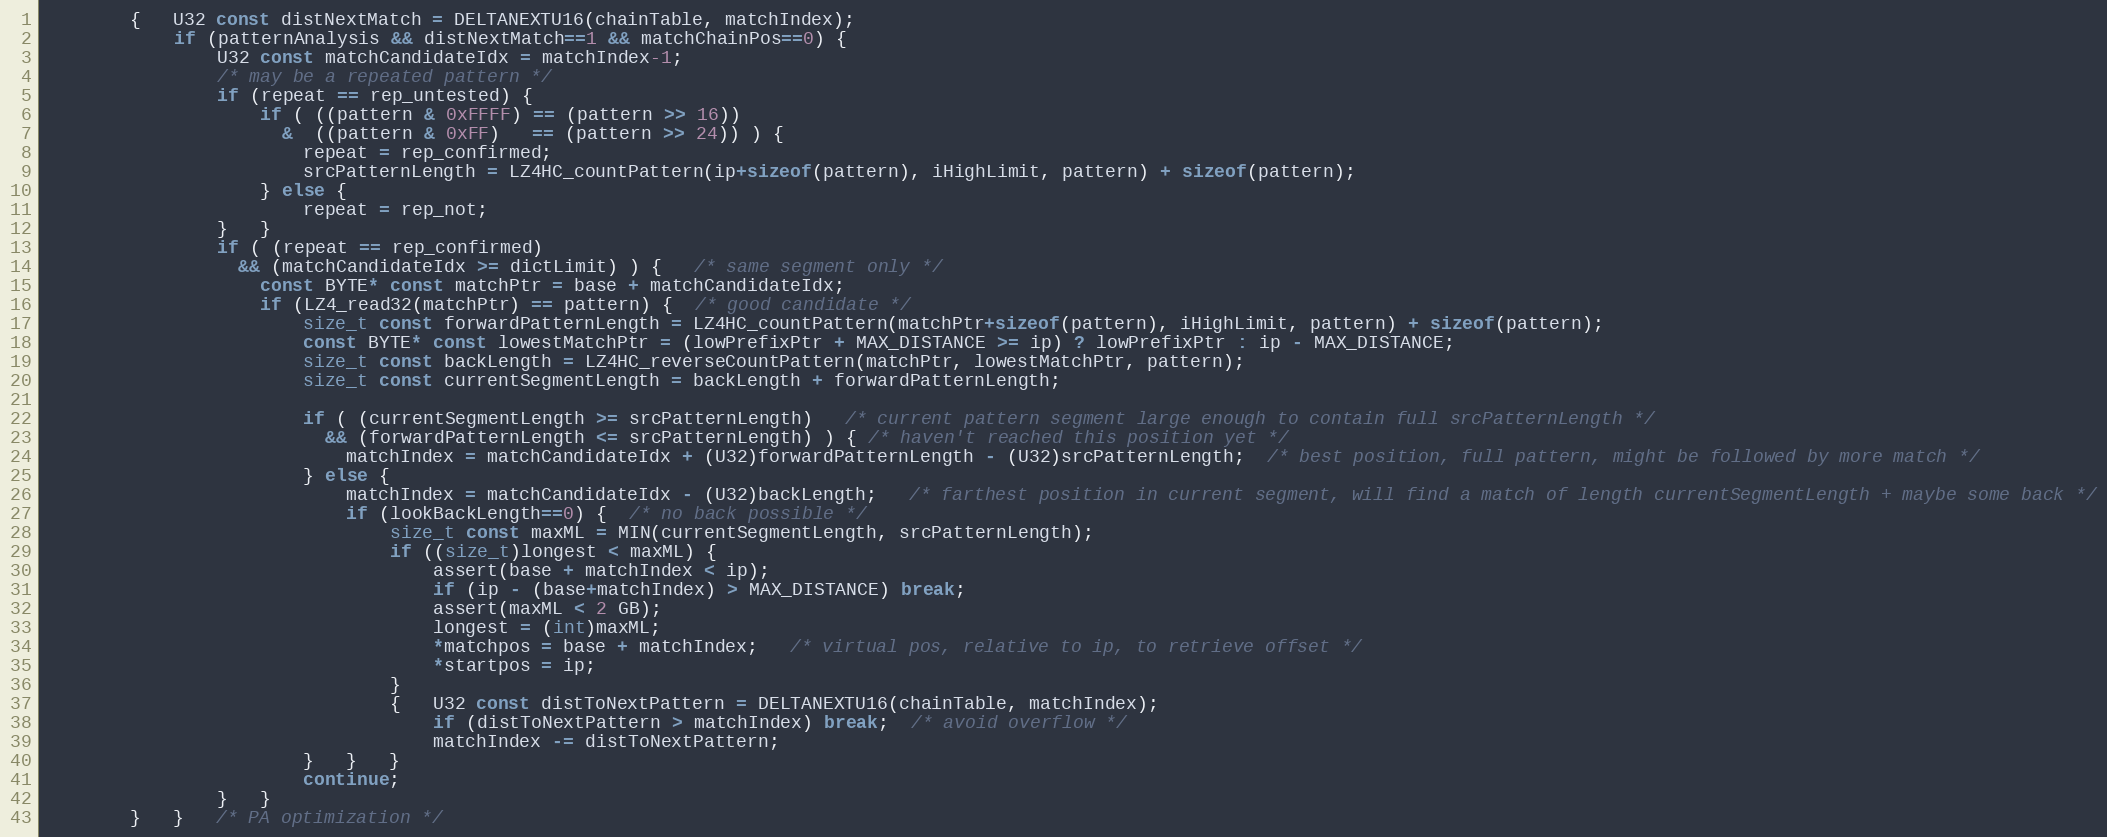
Language: C
        {   U32 const distNextMatch = DELTANEXTU16(chainTable, matchIndex);
            if (patternAnalysis && distNextMatch==1 && matchChainPos==0) {
                U32 const matchCandidateIdx = matchIndex-1;
                /* may be a repeated pattern */
                if (repeat == rep_untested) {
                    if ( ((pattern & 0xFFFF) == (pattern >> 16))
                      &  ((pattern & 0xFF)   == (pattern >> 24)) ) {
                        repeat = rep_confirmed;
                        srcPatternLength = LZ4HC_countPattern(ip+sizeof(pattern), iHighLimit, pattern) + sizeof(pattern);
                    } else {
                        repeat = rep_not;
                }   }
                if ( (repeat == rep_confirmed)
                  && (matchCandidateIdx >= dictLimit) ) {   /* same segment only */
                    const BYTE* const matchPtr = base + matchCandidateIdx;
                    if (LZ4_read32(matchPtr) == pattern) {  /* good candidate */
                        size_t const forwardPatternLength = LZ4HC_countPattern(matchPtr+sizeof(pattern), iHighLimit, pattern) + sizeof(pattern);
                        const BYTE* const lowestMatchPtr = (lowPrefixPtr + MAX_DISTANCE >= ip) ? lowPrefixPtr : ip - MAX_DISTANCE;
                        size_t const backLength = LZ4HC_reverseCountPattern(matchPtr, lowestMatchPtr, pattern);
                        size_t const currentSegmentLength = backLength + forwardPatternLength;

                        if ( (currentSegmentLength >= srcPatternLength)   /* current pattern segment large enough to contain full srcPatternLength */
                          && (forwardPatternLength <= srcPatternLength) ) { /* haven't reached this position yet */
                            matchIndex = matchCandidateIdx + (U32)forwardPatternLength - (U32)srcPatternLength;  /* best position, full pattern, might be followed by more match */
                        } else {
                            matchIndex = matchCandidateIdx - (U32)backLength;   /* farthest position in current segment, will find a match of length currentSegmentLength + maybe some back */
                            if (lookBackLength==0) {  /* no back possible */
                                size_t const maxML = MIN(currentSegmentLength, srcPatternLength);
                                if ((size_t)longest < maxML) {
                                    assert(base + matchIndex < ip);
                                    if (ip - (base+matchIndex) > MAX_DISTANCE) break;
                                    assert(maxML < 2 GB);
                                    longest = (int)maxML;
                                    *matchpos = base + matchIndex;   /* virtual pos, relative to ip, to retrieve offset */
                                    *startpos = ip;
                                }
                                {   U32 const distToNextPattern = DELTANEXTU16(chainTable, matchIndex);
                                    if (distToNextPattern > matchIndex) break;  /* avoid overflow */
                                    matchIndex -= distToNextPattern;
                        }   }   }
                        continue;
                }   }
        }   }   /* PA optimization */